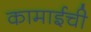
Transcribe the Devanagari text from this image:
कामाईची